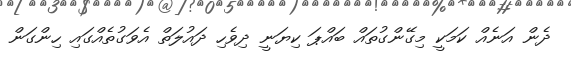
ދެން އަނެއް ކަމަކީ މިގޭންގުތައް ބައްޕަ ކިޔަނީ ދިވެހި ދައުލަތް އެވަގުތެއްގައި ހިންގަން